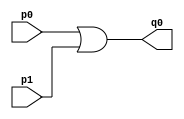


module AppHalfAdder(q0, p0, p1); 

input p0, p1;
output q0;

or or_1(q0, p0, p1);

endmodule